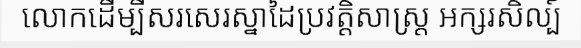
លោកដើម្បីសរសេរស្នាដៃប្រវត្តិសាស្ត្រ អក្សរសិល្ប៍